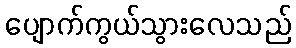
ပျောက်ကွယ်သွားလေသည်